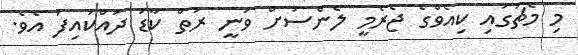
މި މެޗުގައި ކިއެވްގެ ޖެރެމީ ލެންސަށް ވަނީ ރަތް ކާޑު ދައްކައިފަ އެވެ.